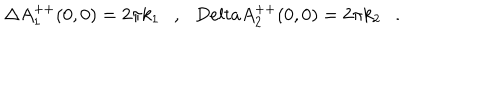
\Delta A _ { 1 } ^ { + + } ( 0 , 0 ) = 2 \pi k _ { 1 } \ \ \ , \ \ \, D e l t a A _ { 2 } ^ { + + } ( 0 , 0 ) = 2 \pi k _ { 2 } \ \ \ .